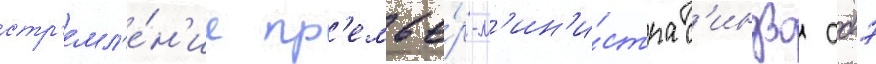
стр'емл'е́н'ие пр'емье́р-м'ин'и́стра с'индзо абэ